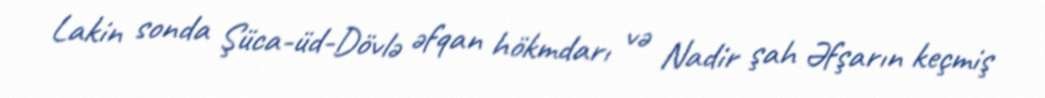
Lakin sonda Şüca-üd-Dövlə əfqan hökmdarı və Nadir şah Əfşarın keçmiş